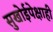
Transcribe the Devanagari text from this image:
सुखोईपेक्षाही